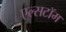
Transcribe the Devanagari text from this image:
एल्सटॉम